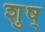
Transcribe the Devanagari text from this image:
शुष्